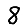
Digit: 8